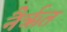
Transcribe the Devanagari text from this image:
नैर्ऋत